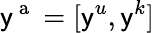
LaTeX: \mathsf{y}^{\mathrm{~a~}}=[\mathsf{y}^{u},\mathsf{y}^{k}]